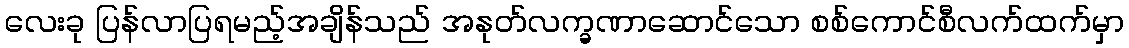
လေးခု ပြန်လာပြရမည့်အချိန်သည် အနုတ်လက္ခဏာဆောင်သော စစ်ကောင်စီလက်ထက်မှာ